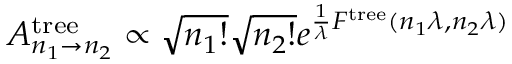
A _ { n _ { 1 } \to n _ { 2 } } ^ { \mathrm { t r e e } } \propto \sqrt { n _ { 1 } ! } \sqrt { n _ { 2 } ! } e ^ { \frac { 1 } { \lambda } F ^ { \mathrm { t r e e } } ( n _ { 1 } \lambda , n _ { 2 } \lambda ) }